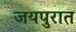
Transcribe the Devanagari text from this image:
जयपुरात